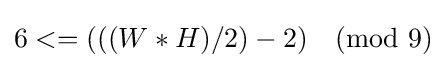
6<=(((W*H)/2)-2){\pmod {9}}